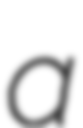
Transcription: a